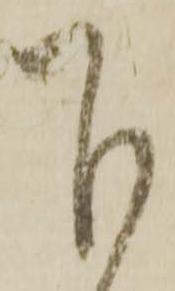
下